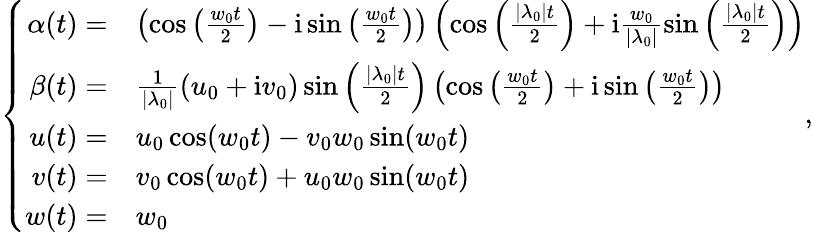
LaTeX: \left\{ \begin{array}{rl}{\alpha(t)=}&{\left(\cos\left(\frac{w_{0}t}{2}\right)-\mathrm{i}\sin\left(\frac{w_{0}t}{2}\right)\right)\left(\cos\left(\frac{|\lambda_{0}|t}{2}\right)+\mathrm{i}\frac{w_{0}}{|\lambda_{0}|}\sin\left(\frac{|\lambda_{0}|t}{2}\right)\right)}\\ {\beta(t)=}&{\frac{1}{|\lambda_{0}|}(u_{0}+\mathrm{i}v_{0})\sin\left(\frac{|\lambda_{0}|t}{2}\right)\left(\cos\left(\frac{w_{0}t}{2}\right)+\mathrm{i}\sin\left(\frac{w_{0}t}{2}\right)\right)}\\ {u(t)=}&{u_{0}\cos(w_{0}t)-v_{0}w_{0}\sin(w_{0}t)}\\ {v(t)=}&{v_{0}\cos(w_{0}t)+u_{0}w_{0}\sin(w_{0}t)}\\ {w(t)=}&{w_{0}}\end{array},\right.